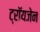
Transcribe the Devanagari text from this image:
ट्रॉयजेन